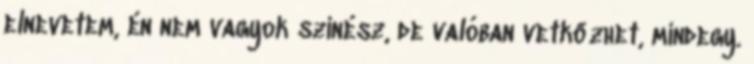
elnevetem, én nem vagyok színész, de valóban vetkőzhet, mindegy.